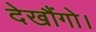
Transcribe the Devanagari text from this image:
देखौंगो।